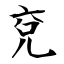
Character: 兗